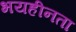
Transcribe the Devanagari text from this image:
भयहीनता